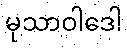
မုသာဝါဒေါ